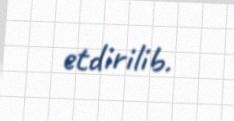
etdirilib.